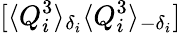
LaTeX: [\langle Q_{i}^{3}\rangle_{\delta_{i}}\langle Q_{i}^{3}\rangle_{-\delta_{i}}]